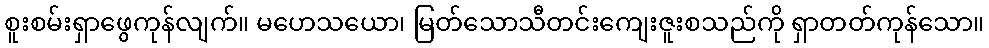
စူးစမ်းရှာဖွေကုန်လျက်။ မဟေသယော၊ မြတ်သောသီတင်းကျေးဇူးစသည်ကို ရှာတတ်ကုန်သော။